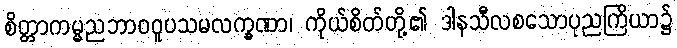
စိတ္တာကမ္မညဘာဝဝူပသမလက္ခဏာ၊ ကိုယ်စိတ်တို့၏ ဒါနသီလစသောပုညကြိယာ၌